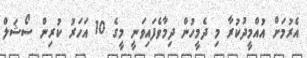
އެރުމަށް އުއްމީދުކުރާ މި ދެމީހުން ދިމާވެފައިވަނީ މީގެ 10 އަހަރު ކުރިން ސޯޝަލް